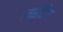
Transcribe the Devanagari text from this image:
।मार्टिन